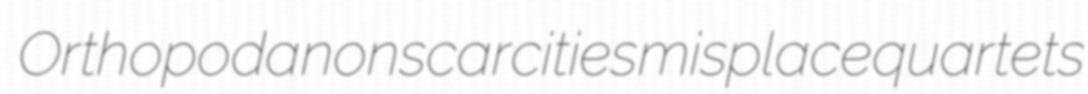
Orthopoda nonscarcities misplace quartets